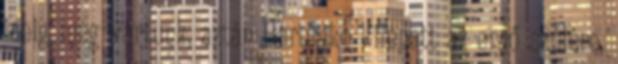
ideig még vártunk, aztán Haruhiko kilépett az erdő szélére,